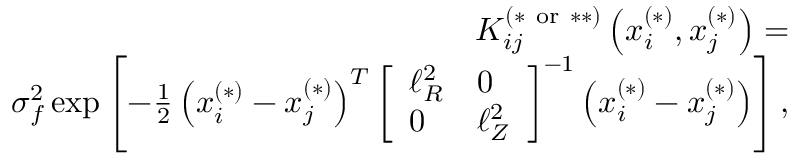
\begin{array} { r l r } & { } & { K _ { i j } ^ { ( * \mathrm { ~ o r ~ } * * ) } \left( \boldsymbol { x } _ { i } ^ { ( * ) } , \boldsymbol { x } _ { j } ^ { ( * ) } \right) = } \\ & { } & { \sigma _ { f } ^ { 2 } \exp \left[ - \frac { 1 } { 2 } \left( \boldsymbol { x } _ { i } ^ { ( * ) } - \boldsymbol { x } _ { j } ^ { ( * ) } \right) ^ { T } \left[ \begin{array} { l l } { \ell _ { R } ^ { 2 } } & { 0 } \\ { 0 } & { \ell _ { Z } ^ { 2 } } \end{array} \right] ^ { - 1 } \left( \boldsymbol { x } _ { i } ^ { ( * ) } - \boldsymbol { x } _ { j } ^ { ( * ) } \right) \right] , } \end{array}